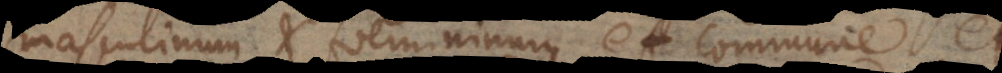
masculinum et foemininum, et commune